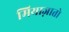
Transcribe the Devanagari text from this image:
मियाज़ातो